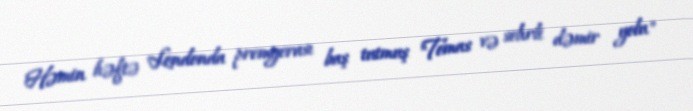
Həmin həftə Londonda premyerası baş tutmuş "Tomas və sehrli dəmir yolu"